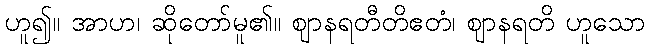
ဟူ၍။ အာဟ၊ ဆိုတော်မူ၏။ ဈာနရတီတိဧတံ၊ ဈာနရတိ ဟူသော